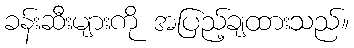
ခန်းဆီးများကို အပြည့်ချထားသည်။